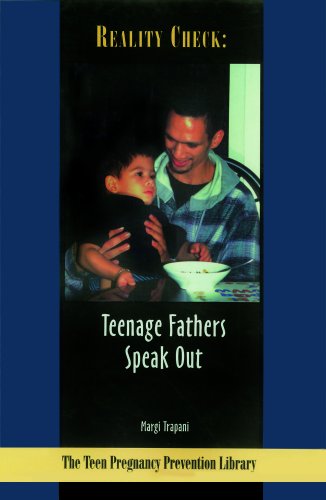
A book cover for Reality Check: Teenage Fathers Speak Out (The Teen Pregnancy Prevention Library); Margi Trapani; Teen & Young Adult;